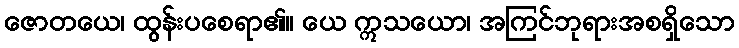
ဇောတယေ၊ ထွန်းပစေရာ၏။ ယေ ဣသယော၊ အကြင်ဘုရားအစရှိသော